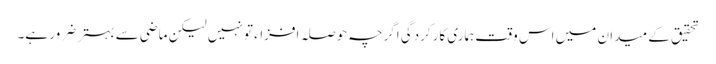
تحقیق کے میدان میں اس وقت ہماری کارکردگی اگرچہ حوصلہ افزاء تو نہیں لیکن ماضی سے بہتر ضرور ہے۔